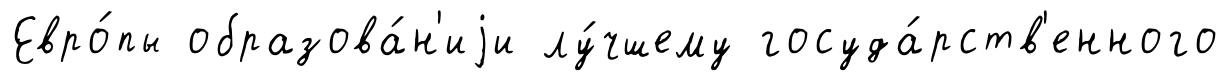
Евро́пы образова́н'иjи лу́чшему госуда́рств'енного